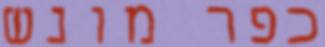
כפר מונש